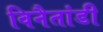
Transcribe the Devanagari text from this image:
विनैतांडी